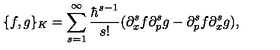
\{ f , g \} _ { K } = \sum _ { s = 1 } ^ { \infty } { \frac { \hbar ^ { s - 1 } } { s ! } } ( \partial _ { x } ^ { s } f \partial _ { p } ^ { s } g - \partial _ { p } ^ { s } f \partial _ { x } ^ { s } g ) ,